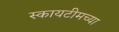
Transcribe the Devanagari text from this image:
स्कायटीमच्या